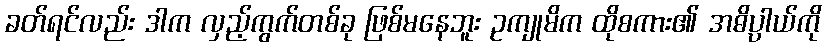
ခတ်ရင်လည်း ဒါက လှည့်ကွက်တစ်ခု ဖြစ်မနေဘူး ဥကျုမိက ထိုစကား၏ အဓိပ္ပာယ်ကို